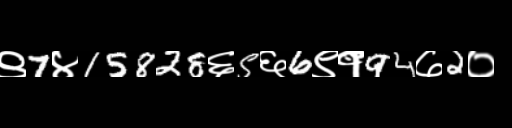
Text: ९7४15828६5६6९१94७2०